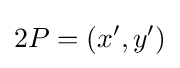
2P=(x',y')